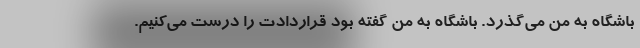
باشگاه به من می‌گذرد. باشگاه به من گفته بود قراردادت را درست می‌کنیم.